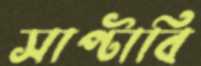
সাপ্‌টাবি